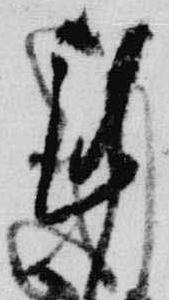
謹